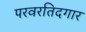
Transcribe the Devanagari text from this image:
परवरतिदगार